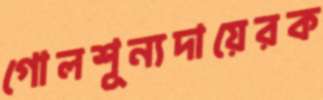
গোলশূন্যদায়েরক